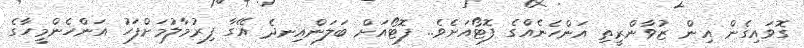
ގޮވައިގެން އިން ޒުވާންރީތި އަންހެނެއްގެ ފޮޓޯއަށެވެ.. ފޮޓޯއަށް ބަލަންއިނދެ އޭގާ ފިރުމާލުމަށްފަހު އަންހެންމީހާގެ